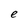
Character: e